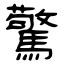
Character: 驚